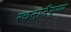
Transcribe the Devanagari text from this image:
रचनानैपुण्य